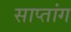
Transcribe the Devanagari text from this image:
साप्तांग